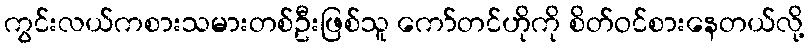
ကွင်းလယ်ကစားသမားတစ်ဦးဖြစ်သူ ကော်တင်ဟိုကို စိတ်ဝင်စားနေတယ်လို့